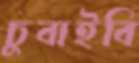
চুবাইবি